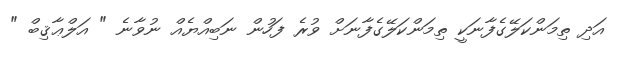
އަދި ތިމަންކަލޭގެފާނަކީ ތިމަންކަލޭގެފާނަށް ވުރެ ފަހުން ނަބިއްޔެއް ނުވާނެ " އަލްޢާޤިބް "